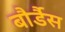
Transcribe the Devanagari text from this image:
बौर्डैस